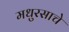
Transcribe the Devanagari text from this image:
मधुरसाचे